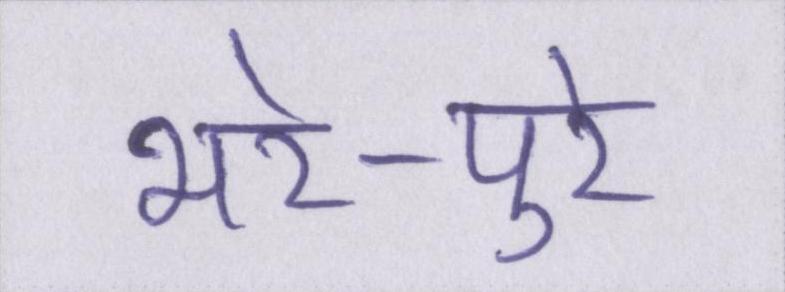
भरे-पुरे